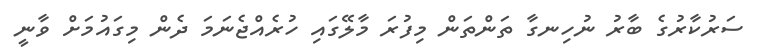
ސަރުކާރުގެ ބާރު ނުހިނގާ ތަންތަން މިފުރަ މާލޭގައި ހުރެއްޖެނަމަ ދެން މިގައުމަށް ވާނީ